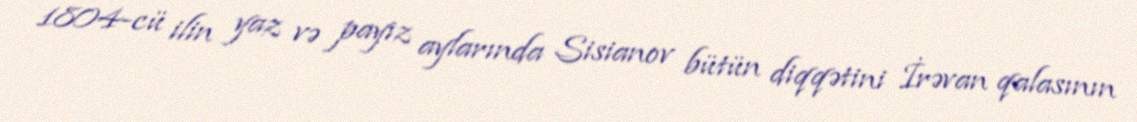
1804-cü ilin yaz və payız aylarında Sisianov bütün diqqətini İrəvan qalasının